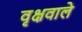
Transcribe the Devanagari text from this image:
वृक्षवाले